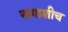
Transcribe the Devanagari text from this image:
नागाशीच